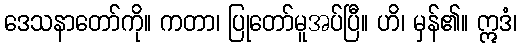
ဒေသနာတော်ကို။ ကတာ၊ ပြုတော်မူအပ်ပြီ။ ဟိ၊ မှန်၏။ ဣဒံ၊